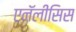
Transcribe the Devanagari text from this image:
एनॅलीसिस